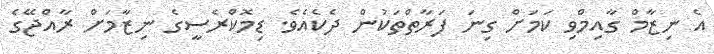
އެ ނިޒާމް ގާއިިމްވި ކަމަށް ގިނަ ފަރާތްތަކުން ދެކެއެވެ. ޑިމޮކްރެސީގެ ނިޒާމަށް ރާއްޖޭގެ